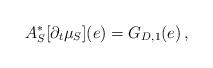
LaTeX: \begin{align*}A_{S}^* [\partial_{t} \mu_{S}](e) = G_{D,1}(e) \, ,\end{align*}